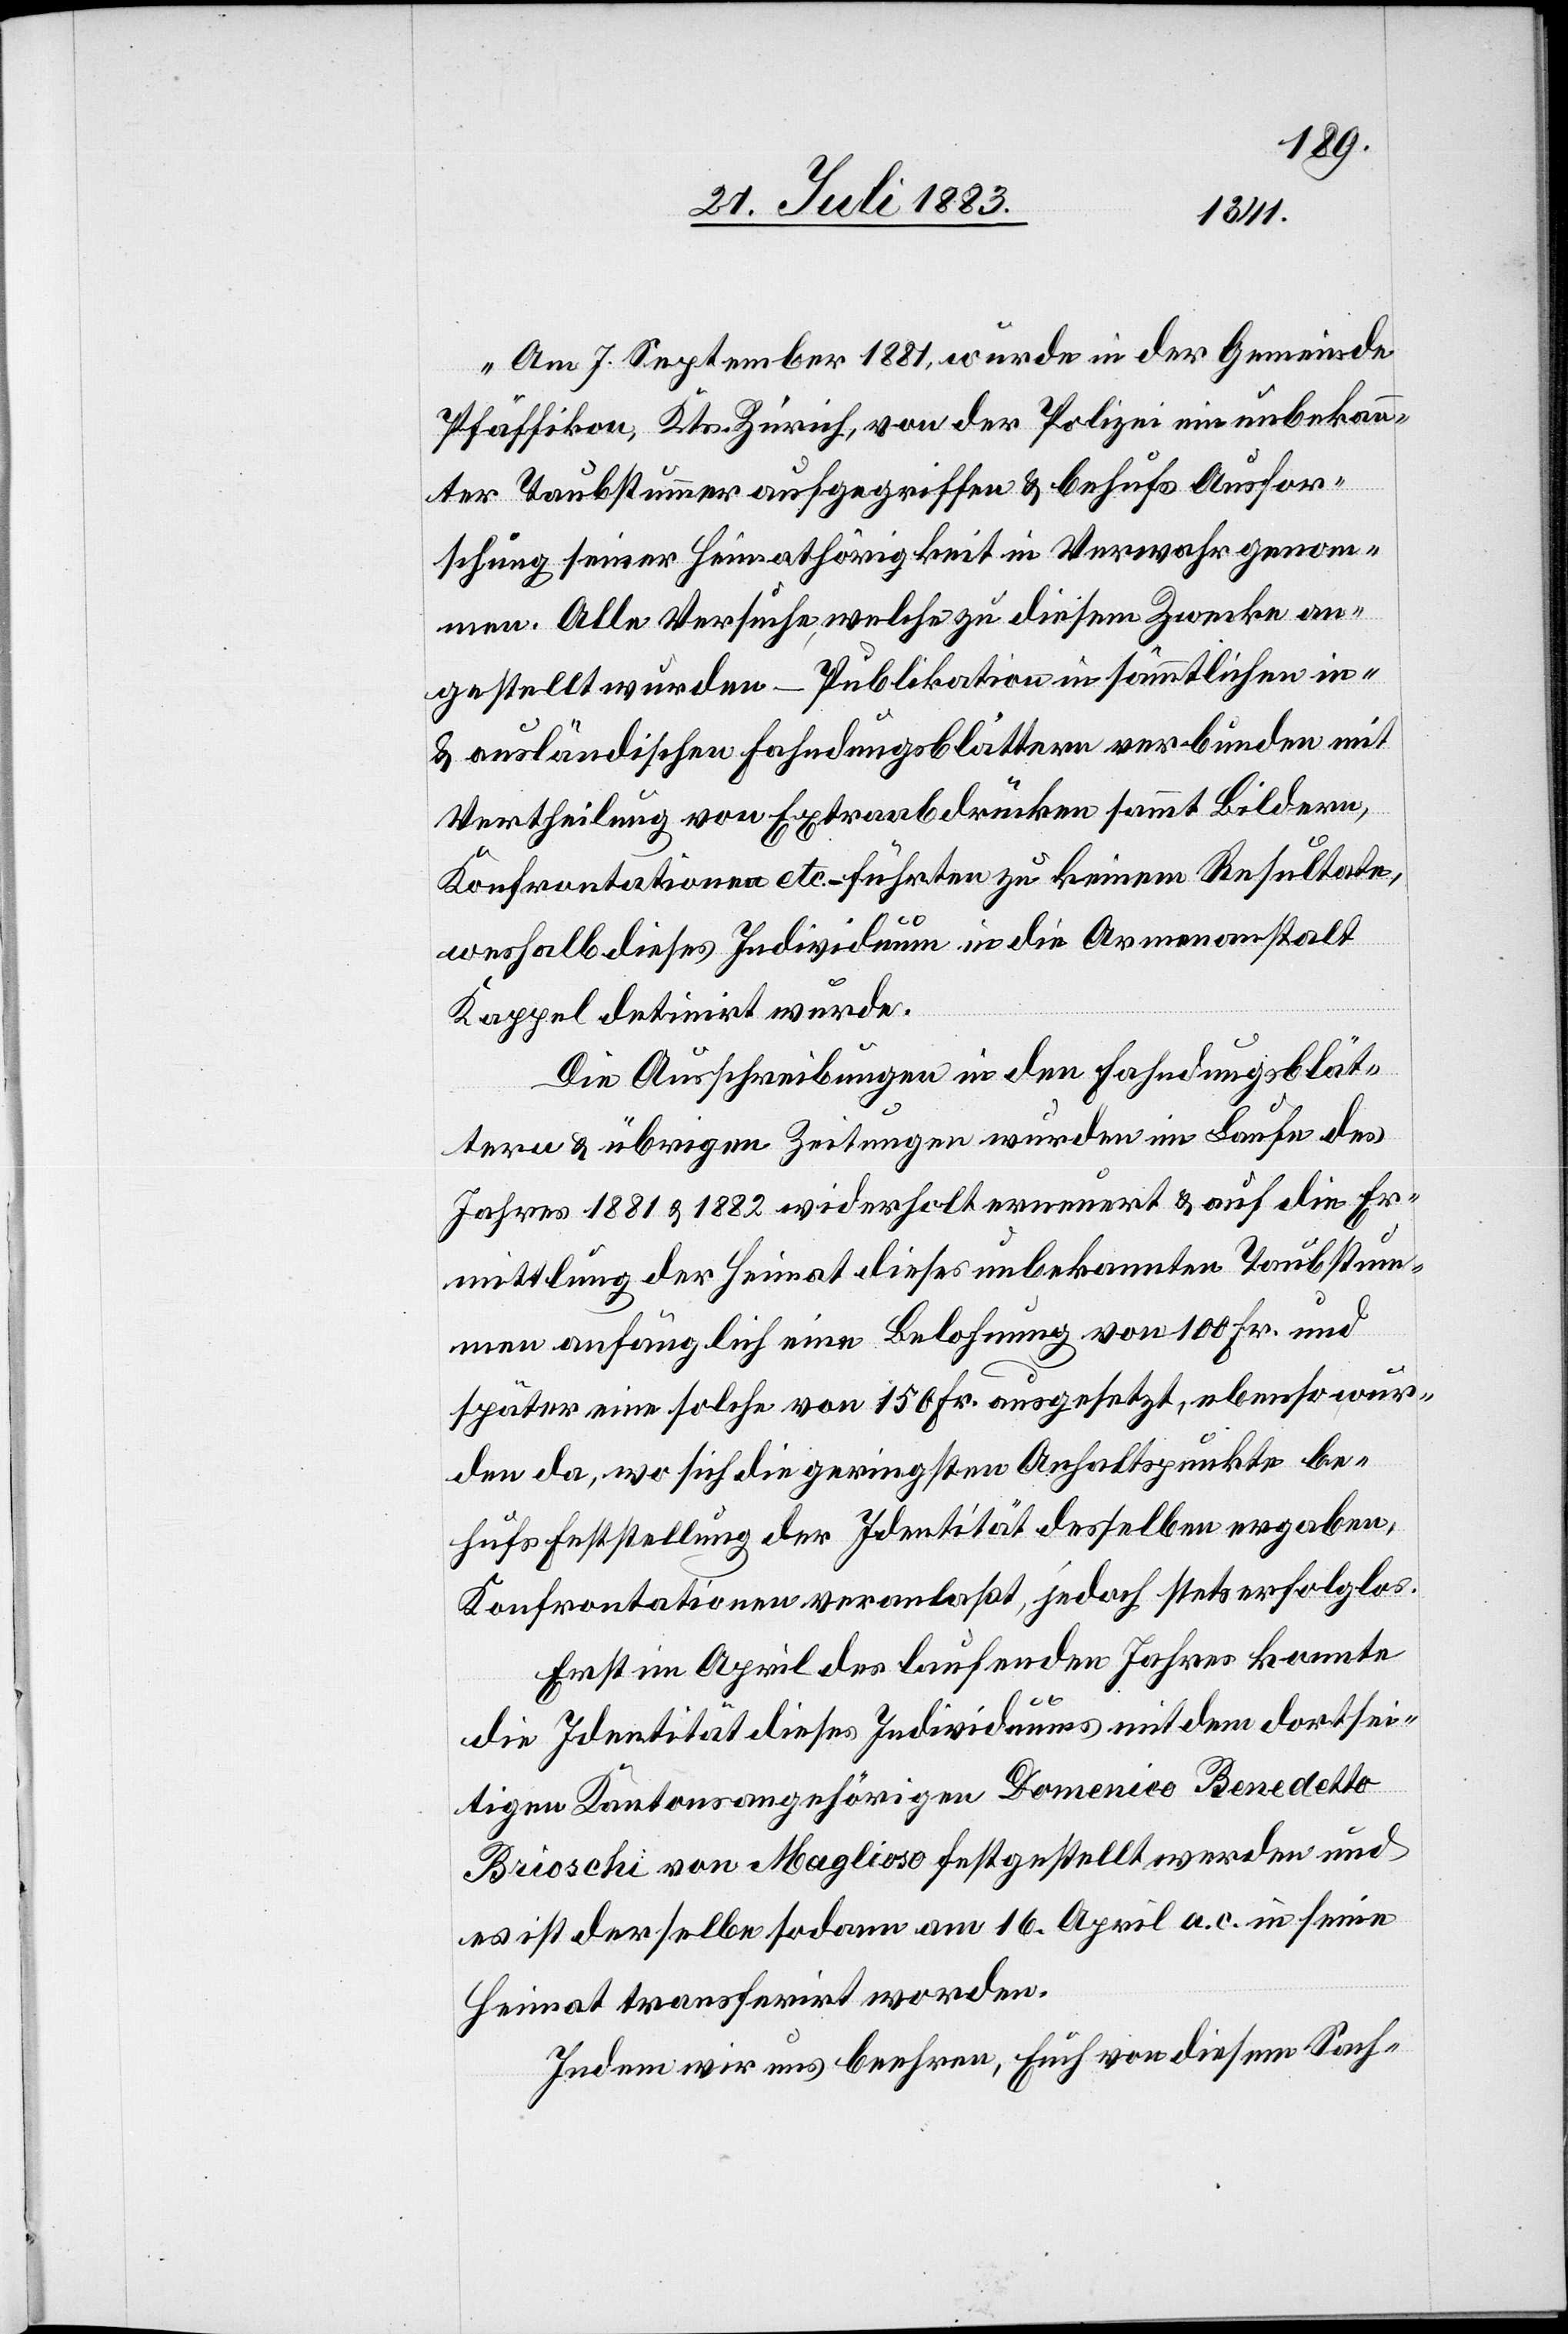
„Am 7. September 1881, wurde in der Gemeinde
Pfäffikon, Kts. Zürich, von der Polizei ein unbekan¬
nter Taubstummer aufgegriffen & behufs Ausfor¬
schung seiner Heimathörigkeit in Verwahr genom¬
men. Alle Versuche, welche zu diesem Zwecke an¬
gestellt wurden – Publikation in sämmtlichen in-
& ausländischen Fahndungsblättern verbunden mit
Vertheilung von Extraabdrücken sammt Bildern,
Konfrontationen etc. – führten zu keinem Resultate,
weshalb das Individuum in der Armenanstalt
Kappel detinirt wurde.
Die Ausschreibungen in den Fahndungsblät¬
tern & übrigen Zeitungen wurden im Laufe des
Jahres 1881 & 1882 widerholt erneuert & auf die Er¬
mittlung der Heimat dieses unbekannten Taubstum¬
men anfänglich eine Belohnung von 100 Fr. und
später eine solche von 150 Fr. ausgesetzt, ebenso wur¬
den da, wo sich die geringsten Anhaltspunkte be¬
hufs Feststellung der Identität desselben ergaben,
Konfrontationen veranlaßt, jedoch stets erfolglos.
Erst im April des laufenden Jahres konnte
die Identität des Individuums mit dem dortsei¬
tigen Kantonsangehörigen Domenico Benedetto
Brioschi von Maglioso festgestellt werden und
es ist derselbe sodann am 16. April a. c. in seine
Heimat transferirt worden.
Indem wir uns beehren, Euch von diesem Sach-